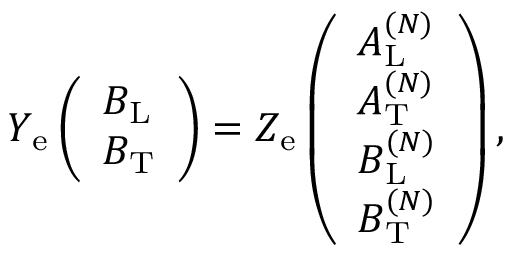
\begin{array} { r } { Y _ { \mathrm { e } } \left( \begin{array} { l } { B _ { \mathrm { L } } } \\ { B _ { \mathrm { T } } } \end{array} \right) = Z _ { \mathrm { e } } \left( \begin{array} { l } { A _ { \mathrm { L } } ^ { ( N ) } } \\ { A _ { \mathrm { T } } ^ { ( N ) } } \\ { B _ { \mathrm { L } } ^ { ( N ) } } \\ { B _ { \mathrm { T } } ^ { ( N ) } } \end{array} \right) , } \end{array}